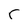
Character: r